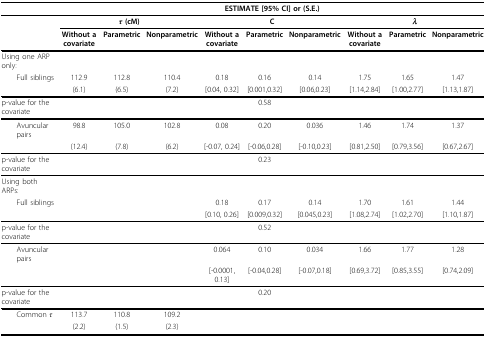
<table><thead><tr><td></td><td colspan="9"><b>ESTIMATE [95% CI] or (S.E.)</b></td></tr></thead><tbody><tr><td></td><td colspan="3"><b><i>τ </i>(cM)</b></td><td colspan="3"><b>C</b></td><td colspan="3"><b><i>λ</i></b></td></tr><tr><td></td><td><b>Without a covariate</b></td><td><b>Parametric</b></td><td><b>Nonparametric</b></td><td><b>Without a covariate</b></td><td><b>Parametric</b></td><td><b>Nonparametric</b></td><td><b>Without a covariate</b></td><td><b>Parametric</b></td><td><b>Nonparametric</b></td></tr><tr><td>Using one ARP only:</td><td></td><td></td><td></td><td></td><td></td><td></td><td></td><td></td><td></td></tr><tr><td> Full siblings</td><td>112.9</td><td>112.8</td><td>110.4</td><td>0.18</td><td>0.16</td><td>0.14</td><td>1.75</td><td>1.65</td><td>1.47</td></tr><tr><td></td><td>(6.1)</td><td>(6.5)</td><td>(7.2)</td><td>[0.04, 0.32]</td><td>[0.001,0.32]</td><td>[0.06,0.23]</td><td>[1.14,2.84]</td><td>[1.00,2.77]</td><td>[1.13,1.87]</td></tr><tr><td>p-value for the covariate</td><td></td><td></td><td></td><td></td><td>0.58</td><td></td><td></td><td></td><td></td></tr><tr><td> Avuncular pairs</td><td>98.8</td><td>105.0</td><td>102.8</td><td>0.08</td><td>0.20</td><td>0.036</td><td>1.46</td><td>1.74</td><td>1.37</td></tr><tr><td></td><td>(12.4)</td><td>(7.8)</td><td>(6.2)</td><td>[-0.07, 0.24]</td><td>[-0.06,0.28]</td><td>[-0.10,0.23]</td><td>[0.81,2.50]</td><td>[0.79,3.56]</td><td>[0.67,2.67]</td></tr><tr><td>p-value for the covariate</td><td></td><td></td><td></td><td></td><td>0.23</td><td></td><td></td><td></td><td></td></tr><tr><td>Using both ARPs:</td><td></td><td></td><td></td><td></td><td></td><td></td><td></td><td></td><td></td></tr><tr><td> Full siblings</td><td></td><td></td><td></td><td>0.18</td><td>0.17</td><td>0.14</td><td>1.70</td><td>1.61</td><td>1.44</td></tr><tr><td></td><td></td><td></td><td></td><td>[0.10, 0.26]</td><td>[0.009,0.32]</td><td>[0.045,0.23]</td><td>[1.08,2.74]</td><td>[1.02,2.70]</td><td>[1.10,1.87]</td></tr><tr><td>p-value for the covariate</td><td></td><td></td><td></td><td></td><td>0.52</td><td></td><td></td><td></td><td></td></tr><tr><td> Avuncular pairs</td><td></td><td></td><td></td><td>0.064</td><td>0.10</td><td>0.034</td><td>1.66</td><td>1.77</td><td>1.28</td></tr><tr><td></td><td></td><td></td><td></td><td>[-0.0001, 0.13]</td><td>[-0.04,0.28]</td><td>[-0.07,0.18]</td><td>[0.69,3.72]</td><td>[0.85,3.55]</td><td>[0.74,2.09]</td></tr><tr><td>p-value for the covariate</td><td></td><td></td><td></td><td></td><td>0.20</td><td></td><td></td><td></td><td></td></tr><tr><td> Common <i>τ</i></td><td>113.7</td><td>110.8</td><td>109.2</td><td></td><td></td><td></td><td></td><td></td><td></td></tr><tr><td></td><td>(2.2)</td><td>(1.5)</td><td>(2.3)</td><td></td><td></td><td></td><td></td><td></td><td></td></tr></tbody></table>